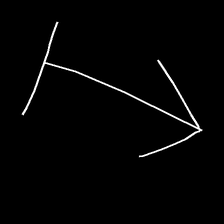
Glyph: levitation